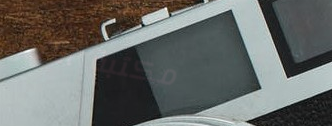
مكتبة الأمل